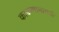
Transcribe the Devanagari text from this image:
काढण्यामागची